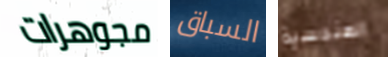
مجوهرات السباق الهندسية